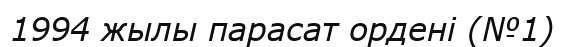
1994 жылы парасат ордені (№1)